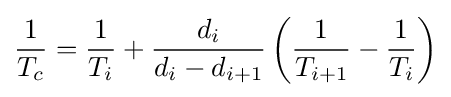
{\frac {1}{T_{c}}}={\frac {1}{T_{i}}}+{\frac {d_{i}}{d_{i}-d_{i+1}}}\left({\frac {1}{T_{i+1}}}-{\frac {1}{T_{i}}}\right)